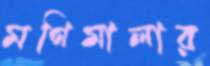
মণিমালার